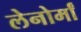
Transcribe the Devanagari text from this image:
लेनोर्मां